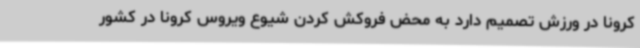
کرونا در ورزش تصمیم دارد به محض فروکش کردن شیوع ویروس کرونا در کشور